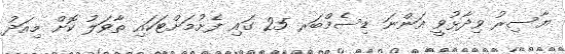
ޔާސިރު ވިދާޅުވީ އަންނަ ޑިސެމްބަރ 25 ގައި ފެށުމަށްޓަކައި ތާވަލު ކޮށް މިއަދު